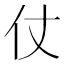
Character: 仗